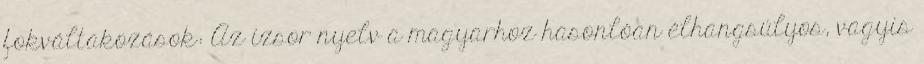
fokváltakozások: Az izsor nyelv a magyarhoz hasonlóan élhangsúlyos, vagyis